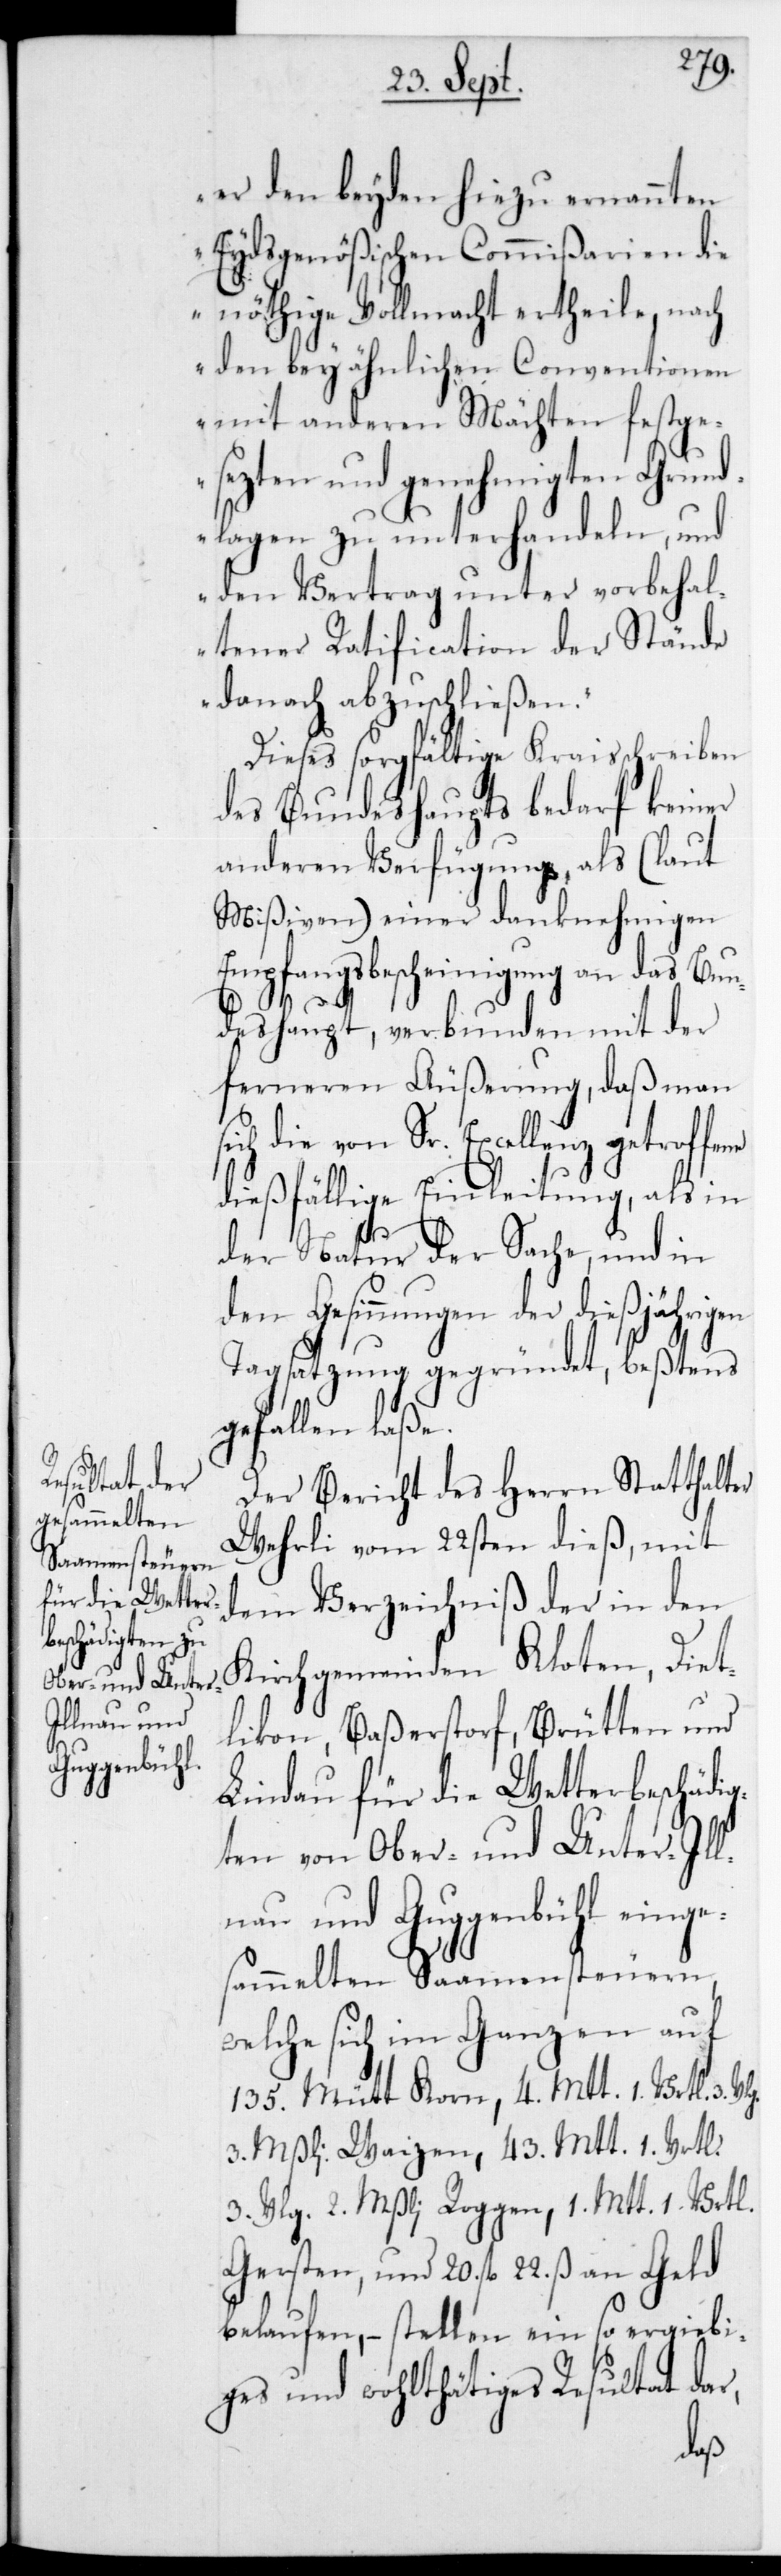
er den beyden hiezu ernannten
Eydsgenößischen Commißarien die
nöthige Vollmacht ertheile, nach
den bey ähnlichen Conventionen
mit anderen Mächten festge¬
sezten und genehmigten Grund¬
lagen zu unterhandeln, und
den Vertrag unter vorbehal¬
tener Ratification der Stände
danach abzuschließen.“
Dieses sorgfältige Kraisschreiben
des Bundeshaupts bedarf keiner
anderen Verfügung, als (laut
Mißiven) einer danknehmigen
Empfangsbescheinigung an das Bun¬
deshaupt, verbunden mit der
ferneren Äußerung, daß man
von Sr. Excellenz getrof¬
dießfällige Einleitung, als in
der Natur der Sache, und in
den Gesinnungen der dießjährigen
Tagsatzung gegründet, beßtens
gefallen laße.
Der Bericht des Herrn Statthalter
Wehrli vom 22sten dieß, mit
dem Verzeichniß der in den
Kirchgemeinden Kloten, Diet¬
likon, Baßerstorf, Brütten und
Lindau für die Wetterbeschädig¬
ten von Ober- und Unter-Ill¬
nau und Guggenbühl einge¬
sammelten Saamensteuern,
welche sich im Ganzen auf
135 Mütt Korn, 4 Mtt 1 Vrtl.
3 Vrlg. 2 Mßli Roggen, 1 Mtt 1 Vrtl.
Gersten; und 20 fl. 22 ß an Geld
belaufen, – stellen ein so ergiebi¬
ges und wohlthätiges Resultat dar,
fene